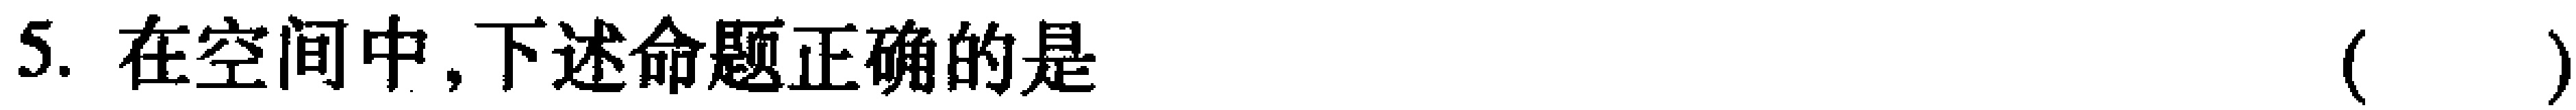
5. 在空间中,下述命题正确的是 （  ）